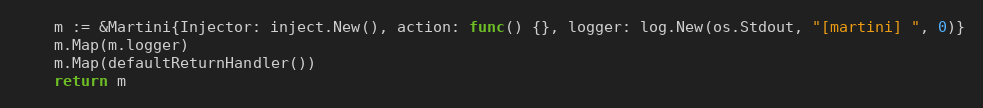
Language: Go
	m := &Martini{Injector: inject.New(), action: func() {}, logger: log.New(os.Stdout, "[martini] ", 0)}
	m.Map(m.logger)
	m.Map(defaultReturnHandler())
	return m